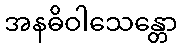
အနဓိဝါသေန္တော